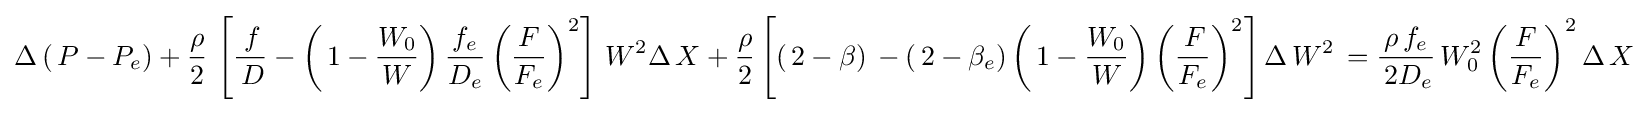
\Delta \left(\,P-P_{e}\right)+{\frac {\rho }{2}}\,\left[{\frac {\,f}{\,D}}-\left(\,1-{\frac {W_{0}}{W}}\right){\frac {f_{e}}{D_{e}}}\left({\frac {F}{F_{e}}}\right)^{2}\right]\,W^{2}\Delta \,X+{\frac {\rho }{2}}\left[\left(\,2-\beta \right)\,-\left(\,2-\beta _{e}\right)\left(\,1-{\frac {W_{0}}{W}}\right)\left({\frac {\,F}{F_{e}}}\right)^{2}\right]\Delta \,W^{2}\,={\frac {\rho \,f_{e}}{\,2D_{e}}}\,W_{0}^{2}\left({\frac {F}{F_{e}}}\right)^{2}\Delta \,X